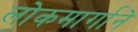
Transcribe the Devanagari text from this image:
लोकमार्गाने